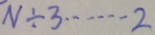
N \div 3 \cdots 2